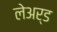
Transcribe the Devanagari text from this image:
लेअर्ड